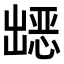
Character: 𭃀